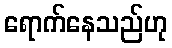
ရောက်နေသည်ဟု